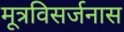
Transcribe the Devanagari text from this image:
मूत्रविसर्जनास